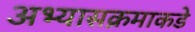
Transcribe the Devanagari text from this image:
अभ्यासक्रमाकडे